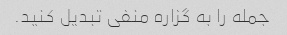
جمله را به گزاره منفی تبدیل کنید.